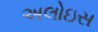
અલોઇસ